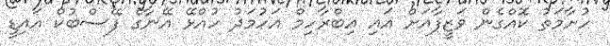
ހުށާމަތު ކޮއްގެން ވަޒީފާއަށް އައި އިބްރާހިމް އަހުމަދު ހުއްޅޭ އޭނާގެ ފޭސްބުކް އައިޑީ